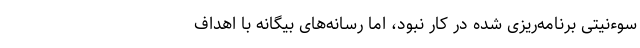
سوءنیتی برنامه‌ریزی شده در کار نبود، اما رسانه‌های بیگانه با اهداف